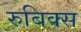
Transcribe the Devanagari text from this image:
रुबिक्स